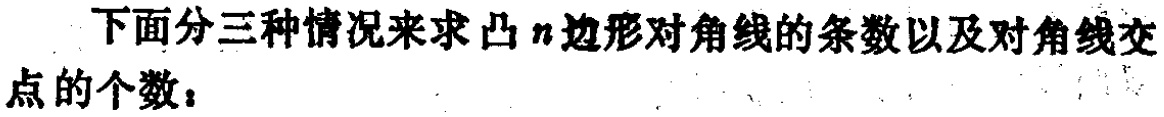
下面分三种情况来求凸\(n\)边形对角线的条数以及对角线交点的个数：